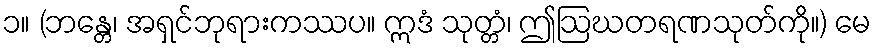
၁။ (ဘန္တေ၊ အရှင်ဘုရားကဿပ။ ဣဒံ သုတ္တံ၊ ဤဩဃတရဏသုတ်ကို။) မေ